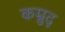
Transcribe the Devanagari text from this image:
कम्रुद्